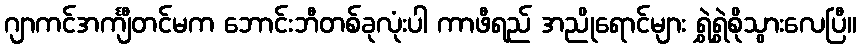
ဂျာကင်အင်္ကျီတင်မက ဘောင်းဘီတစ်ခုလုံးပါ ကာဖီရည် အညိုရောင်များ ရွှဲရွှဲစိုသွားလေပြီ။